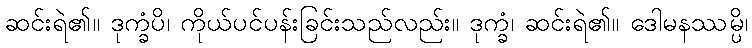
ဆင်းရဲ၏။ ဒုက္ခံပိ၊ ကိုယ်ပင်ပန်းခြင်းသည်လည်း။ ဒုက္ခံ၊ ဆင်းရဲ၏။ ဒေါမနဿမ္ပိ၊